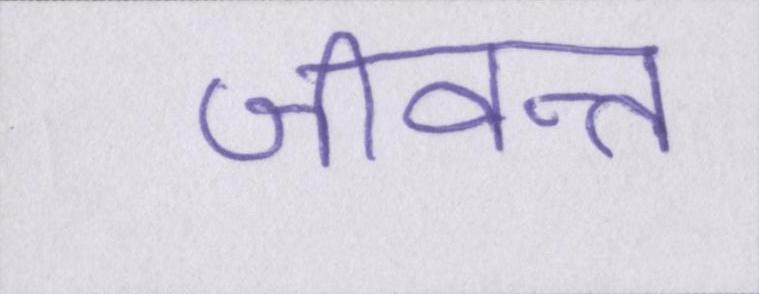
जीवन्त